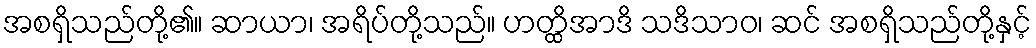
အစရှိသည်တို့၏။ ဆာယာ၊ အရိပ်တို့သည်။ ဟတ္ထိအာဒိ သဒိသာဝ၊ ဆင် အစရှိသည်တို့နှင့်